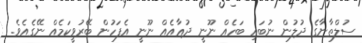
ސުލްތާނާގެ ދުލުން ނުބައި ބަހެއް ނޫނީ ދުޢާއެއް ނޫނީ އެފަހުން ބޭރުވީކަމެއް ނޭގެއެވެ.